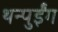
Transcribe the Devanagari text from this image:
थन्पुईंग